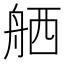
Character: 舾